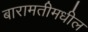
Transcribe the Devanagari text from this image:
बारामतीमधील